Report on the working of the mental hospitals for Indians in Bihar and Orissa - 1925-1929
Year: 1925
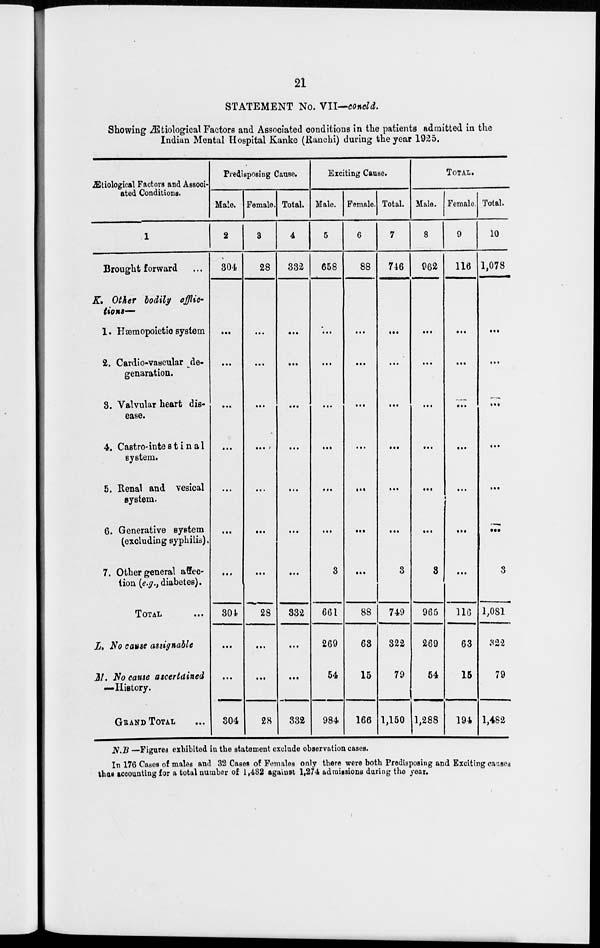
21
STATEMENT No. VII—concld.
Showing Ætiological Factors and Associated conditions in the patients admitted in the
Indian Mental Hospital Kanke (Ranchi) during the year 1925.
Ætiological Factors and Associ-
ated Conditions.
1
Brought forward ...
K. Other bodily afflic-
tions—
1. Hæmopoietic system
2. Cardio-vascular de-
genaration.
3. Valvular heart dis-
ease.
4. Castro-intestinal
system.
5. Renal and vesical
system.
6. Generative system
(excluding syphilis).
7. Other general affec-
tion (e.g., diabetes).
TOTAL ...
L. No cause assignable
M. No cause ascertained
—History.
GRAND TOTAL ...
Predisposing Cause.
Male.
2
304
...
...
...
...
...
...
...
304
...
...
304
Female.
3
28
...
...
...
...
...
...
...
28
...
...
28
Total.
4
332
...
...
...
...
...
...
...
332
...
...
332
Exciting Cause.
Male.
5
658
...
...
...
...
...
...
3
661
269
54
984
Female.
6
88
...
...
...
...
...
...
...
88
63
15
166
Total.
7
746
...
...
...
...
...
...
3
749
322
79
1,150
TOTAL.
Male.
8
962
...
...
...
...
...
...
3
965
269
54
1,288
Female.
9
116
...
...
...
...
...
...
...
116
63
15
194
Total.
10
1,078
...
...
...
...
...
...
3
1,081
322
79
1,482
N.B —Figures exhibited in the statement exclude observation cases.
In 176 Cases of males and 32 Cases of Females only there were both Predisposing and Exciting causes
thus accounting for a total number of 1,482 against 1,274 admissions during the year.